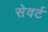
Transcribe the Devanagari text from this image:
सेवर्ट